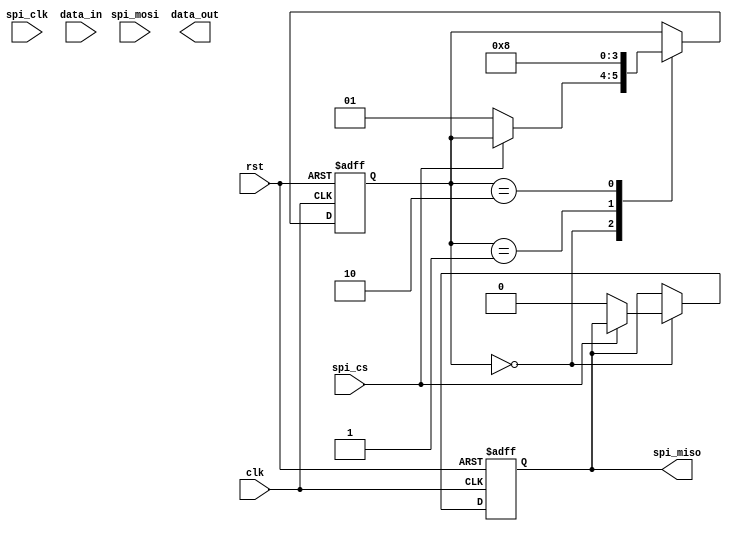
module spi_master (
    input clk,
    input rst,
    input spi_cs,
    input spi_clk,
    input spi_mosi,
    output reg spi_miso,
    input [7:0] data_in,
    output reg [7:0] data_out
);

// State machine states
parameter IDLE = 2'b00;
parameter TX_DATA = 2'b01;
parameter RX_DATA = 2'b10;

reg [1:0] state;
reg [7:0] buffer;

always @ (posedge clk or posedge rst) begin
    if (rst) begin
        state <= IDLE;
        buffer <= 8'h00;
        spi_miso <= 1'b0;
    end else begin
        case(state)
            IDLE: begin
                if (spi_cs == 1'b0) begin
                    state <= TX_DATA;
                    buffer <= data_in;
                    spi_miso <= 1'b0;
                end
            end
            TX_DATA: begin
                // SPI transmit logic here
                // Wait for spi_clk edge
                // Transmit data at appropriate clock cycle
                // Handle data buffering and error detection

                state <= RX_DATA;
            end
            RX_DATA: begin
                // SPI receive logic here
                // Wait for spi_clk edge
                // Receive data at appropriate clock cycle
                // Handle data buffering and error detection

                state <= IDLE;
            end
        endcase
    end
end

endmodule